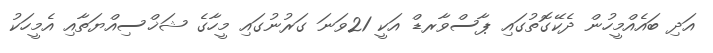
އަދި ބައެއްމީހުން ދެކޭގޮތުގައި ޕާސްވާރޑް އަކީ 21ވަނަ ގަރުނުގައި މީހާގެ ޝަޚްސިއްޔަތާއި އެމީހަކު